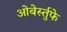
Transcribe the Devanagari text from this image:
ओबेर्स्तुफे